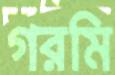
গরমি